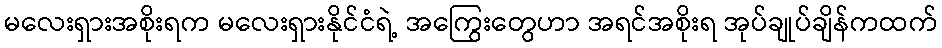
မလေးရှားအစိုးရက မလေးရှားနိုင်ငံရဲ့ အကြွေးတွေဟာ အရင်အစိုးရ အုပ်ချုပ်ချိန်ကထက်